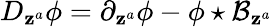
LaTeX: D_{\mathbf{z}^{a}}\phi=\partial_{\mathbf{z}^{a}}\phi-\phi\star\mathcal{{B}}_{\mathbf{z}^{a}}